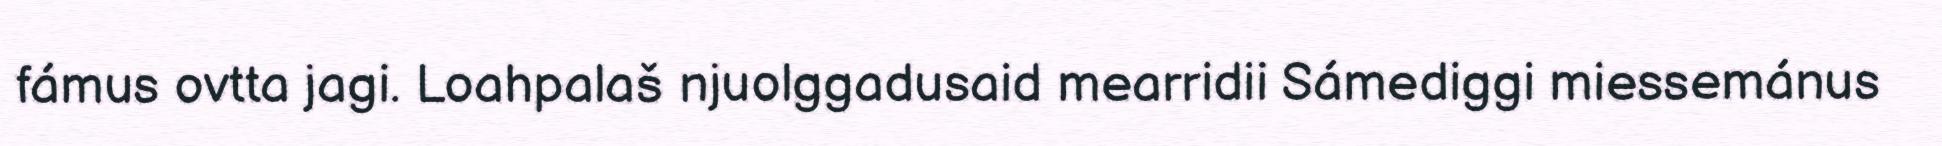
fámus ovtta jagi. Loahpalaš njuolggadusaid mearridii Sámediggi miessemánus